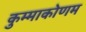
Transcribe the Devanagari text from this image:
कुम्माकोणम